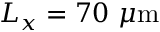
L _ { x } = 7 0 \ \mu \mathrm { m }